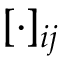
[ \cdot ] _ { i j }